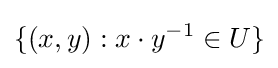
\{(x,y):x\cdot y^{-1}\in U\}